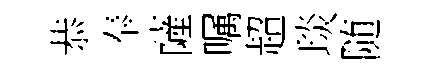
恭奉薩嘱超琰随